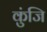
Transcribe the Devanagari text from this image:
कुंजि